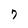
Character: 7